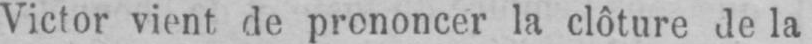
Victor vient de prononcer la clôture de la